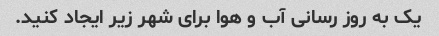
یک به روز رسانی آب و هوا برای شهر زیر ایجاد کنید.